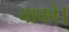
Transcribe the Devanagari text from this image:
चाको।